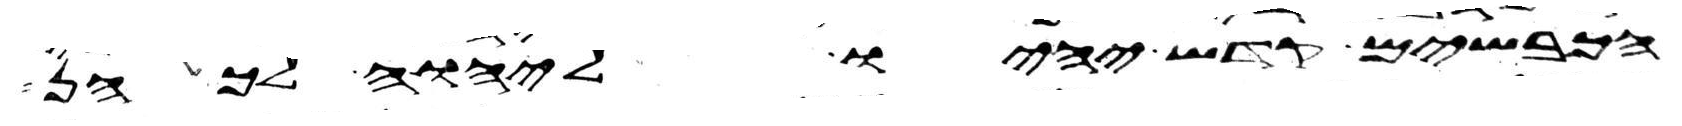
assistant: הכבשים קדש יהיו ליהוה לכהן